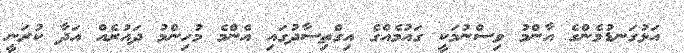
އަޅުގަނޑުމެންގެ އާންމު ވިސްނުމަކީ ގައުމެއްގެ އިގްތިސާދުގައި އެންމެ މުހިންމު ދައުރެއް އަދާ ކުރަނީ